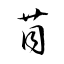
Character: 苜